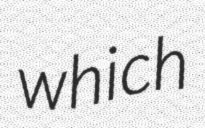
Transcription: which